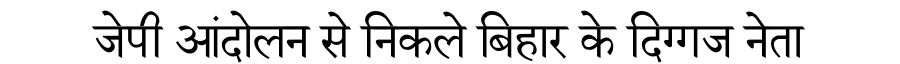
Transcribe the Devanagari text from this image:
जेपी आंदोलन से निकले बिहार के दिग्गज नेता